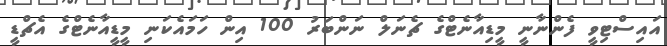
އައިސްޓިވީ ފެންނާނީ މީޑިއާނެޓްގެ ޗެނަލް ނަންބަރު 100 އިން ހަމައެކަނި މީޑީއާނެޓްގެ އެޗްޑީ